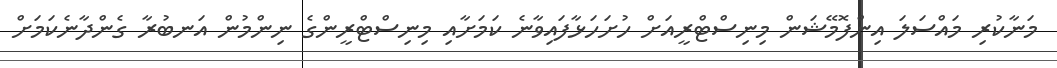
މަނާކުރި މައްސަލަ އިންފޮމޭޝަން މިނިސްޓްރީއަށް ހުށަހަޅާފައިވާނެ ކަމަށާއި މިނިސްޓްރީންގެ ނިންމުން އަނބުރާ ގެންދާނެކަމަށް